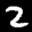
Label: 2